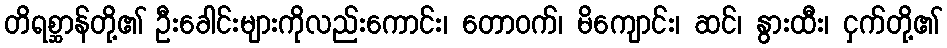
တိရစ္ဆာန်တို့၏ ဦးခေါင်းများကိုလည်းကောင်း၊ တောဝက်၊ မိကျောင်း၊ ဆင်၊ နွားထီး၊ ငှက်တို့၏